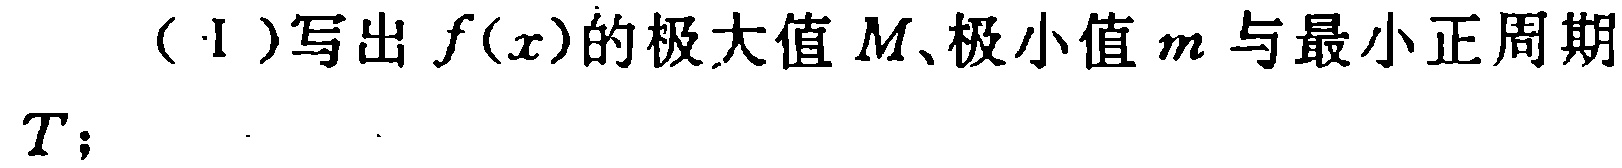
（1）写出\(f(x)\)的极大值\(M\)、极小值\(m\)与最小正周期\(T\)；